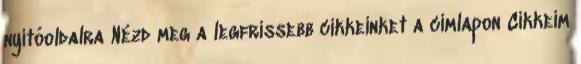
nyitóoldalra Nézd meg a legfrissebb cikkeinket a címlapon Cikkeim